Indian journal of veterinary science and animal husbandry - Volume 12,
Year: 1942
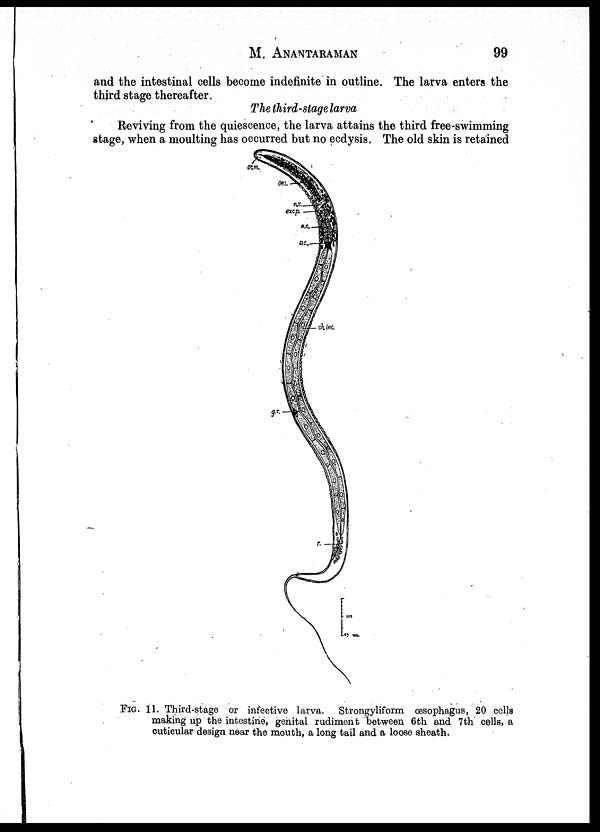
M.
ANANTARAMAN
99
and the intestinal cells become indefinite in outline. The larva enters the
third stage thereafter.
The third-stage larva
Reviving from the quiescence, the larva attains the third free-swimming
stage, when a moulting has occurred but no ecdysis. The old skin is retained
FIG. 11. Third-stage or infective larva. Strongyliform œsophagus, 20 cells
making up the intestine, genital rudiment between 6th and 7th cells, a
cuticular design near the mouth, a long tail and a loose sheath.